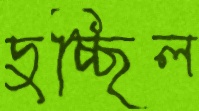
দুচ্ছিল